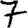
Digit: 7